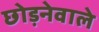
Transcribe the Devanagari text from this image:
छोड़नेवाले